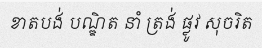
ខាតបង់ បណ្ឌិត នាំ ត្រង់ ផ្លូវ សុចរិត